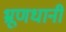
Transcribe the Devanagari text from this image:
भ्रूणधानी